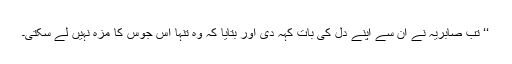
‘‘ تب صابریہ نے ان سے اپنے دل کی بات کہہ دی اور بتایا کہ وہ تنہا اس جوس کا مزہ نہیں لے سکتی۔